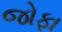
જોફા